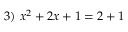
3 ) \ x ^ { 2 } + 2 x + 1 = 2 + 1